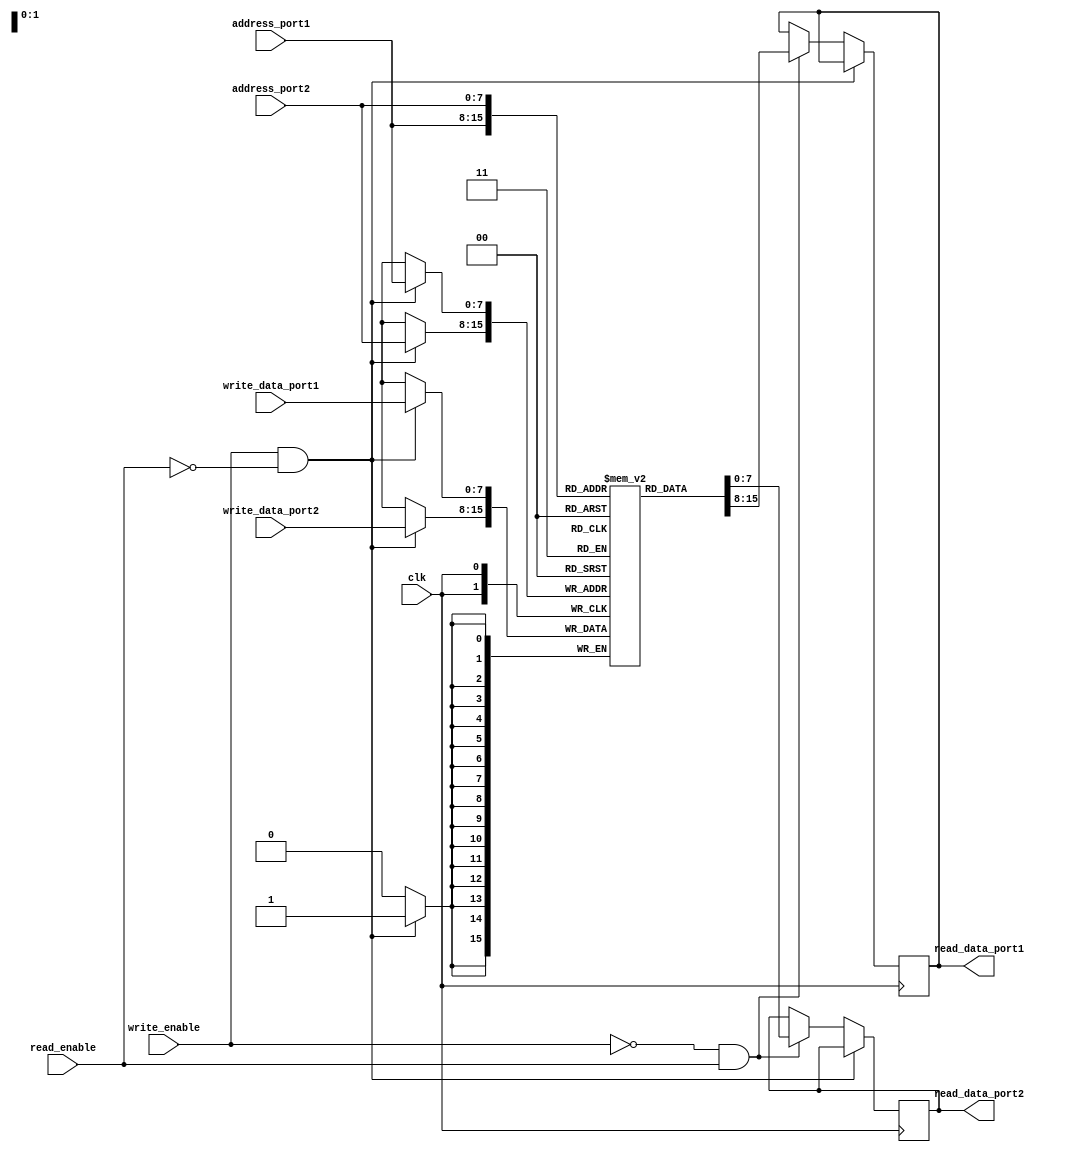
module dual_port_ram (
    input wire clk,
    input wire read_enable,
    input wire write_enable,
    input wire [7:0] write_data_port1,
    input wire [7:0] write_data_port2,
    input wire [7:0] address_port1,
    input wire [7:0] address_port2,
    output reg [7:0] read_data_port1,
    output reg [7:0] read_data_port2
);

reg [7:0] memory [0:255];

always @ (posedge clk) begin
    if (write_enable && !read_enable) begin
        memory[address_port1] <= write_data_port1;
        memory[address_port2] <= write_data_port2;
    end
    else if (!write_enable && read_enable) begin
        read_data_port1 <= memory[address_port1];
        read_data_port2 <= memory[address_port2];
    end
end

endmodule